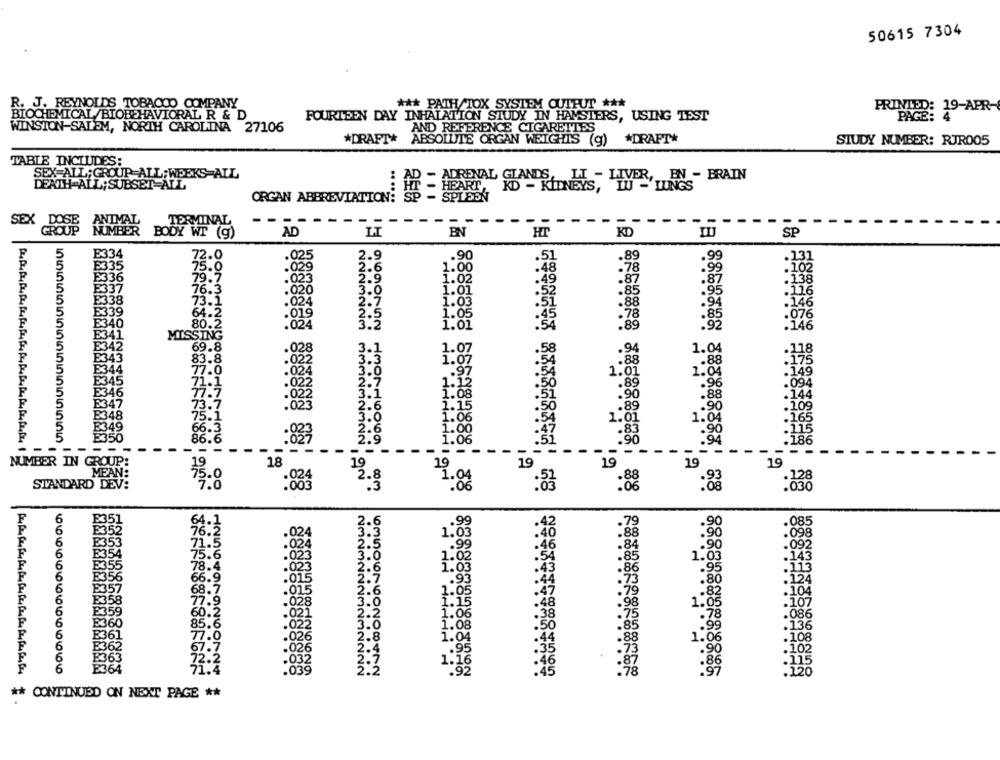
50615 7304
R. J. REYNOLDS TOBACCO COMPANY
*** PATH/TOX SYSTEM OUTPUT ***
PAGE: 19-APR-
BIOCHEMICAL /BIOBEHAVIORAL R & D
FOURTEEN DAY INHALATION STUDY IN HAMSTERS, USING TEST
WINSTON-SALEM, NORTH CAROLINA 27106
AND REFERENCE CIGARETTES
*DRAFT* ABSOLUTE ORGAN WEIGHTS (g) *DRAFT*
STUDY NUMBER: RJR005
TABLE INCLUDES:
SEX ALL; GROUP ALL; WEEKS AIL
IVER, EN - BRAIN
DEATH ALL; SUBSET ALL
ORGAN ABBREVIATION! HE - HEART, RD - KIDNEYS, "
HI - HYP LUNGS
ANIMAL
TERMINAL
SEX DOSE
AD
EN
HT
KD
SP
72.0
025
2.9
.90
.51
.89
.99
. 132
.029
2.6
1.00
.48
-78
.99
.023
2.
1.02
.49
-87
.87
:138
3.0
1.01
76.3
.020
.85
.95
:116
73.1
.024
2.7
1.03
. 146
.94
64.2
2.
1.05
. 78
.85
.076
80.5
5:3
1.01
. 45
MISSING
.5
69.8
.028
.1
1.07
.58
1.04
-118
022
3.3
1:02
.54
,. 88
.024
3.8
.54
1.04
:149
E34
.7
*: 92
022
1.1
.50
.96
.094
E
022
1.08
.88
.144
E34
:51
.02.
1.15
.90
.209
E348
1.06
1.0
49
:16
1.00
. 90
E
Õ6
-
-
NUMBER IN GROUP:
18
19
19
1
19
MEAN:
1.04
STANDARD DEV:
:8
12.8
:88
:838
.99
.90
.085
1.03
.098
:90
.99
.46
.90
.092
.02
.54
.143
1.03
1.0
.43
.95
.80
12
.47
.82
104
.028
.48
1.0
107
78
.086
136
85
.08
1.06
:8
71.4
NONMNNNMNMNNNN
UMInOUR SONOOTNY
** CONTINUED ON NEXT PAGE **